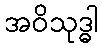
အဝိသုဒ္ဓါ